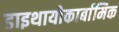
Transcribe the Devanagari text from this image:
डाइथायोकार्बामिक